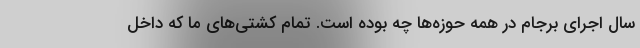
سال اجرای برجام در همه حوزه‌ها چه بوده است. تمام کشتی‌های ما که داخل